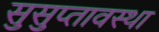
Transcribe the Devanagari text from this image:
सुसुप्तावस्था